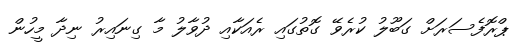
ޕްރޮފެސަރަށް ގަބޫލު ކުރެވޭ ގޮތުގައި ރެއަކާއި ދުވާލު މާ ގިނައިރު ނިދާ މީހުން